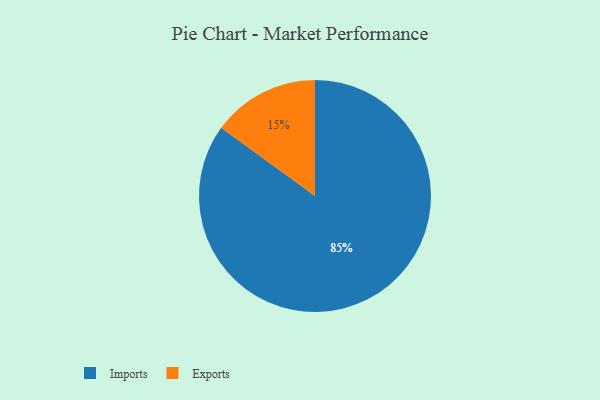
{"axis": {"x": "Category", "y": "Percentage"}, "legend": ["Exports", "Imports"], "data": [{"x": "Imports", "y": 85, "type": "Imports"}, {"x": "Exports", "y": 15, "type": "Exports"}]}